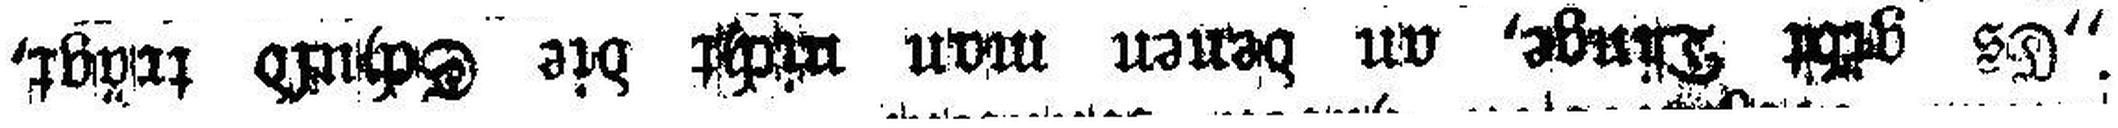
„Es gibt Dinge, an denen man nicht die Schuld trägt,